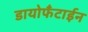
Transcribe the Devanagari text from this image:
डायोफँटाईन